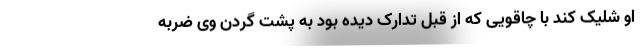
او شلیک کند با چاقویی که از قبل تدارک دیده بود به پشت گردن وی ضربه